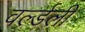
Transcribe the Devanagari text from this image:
वर्ल्डली